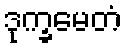
ဒုက္ခမေတံ